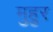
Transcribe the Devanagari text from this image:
मुहुर